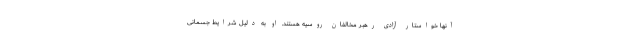
آنها خواستار آزادی رهبر مخالفان روسیه هستند. او به دلیل شرایط جسمانی